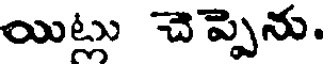
యిట్లు చెప్పెను.